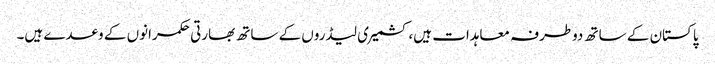
پاکستان کے ساتھ دوطرفہ معاہدات ہیں،کشمیری لیڈروں کے ساتھ بھارتی حکمرانوں کے وعدے ہیں۔